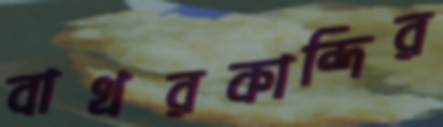
বাখরকান্দির